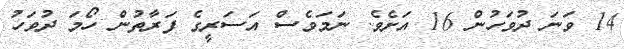
14 ވަނަ ދުވަހުން 16 އަށެވެ. ނަމަވެސް އަސަރީގެ ފަރާތުން ހޯމަ ދުވަހު